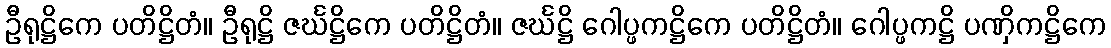
ဦရုဋ္ဌိကေ ပတိဋ္ဌိတံ။ ဦရုဋ္ဌိ ဇင်္ဃဋ္ဌိကေ ပတိဋ္ဌိတံ။ ဇင်္ဃဋ္ဌိ ဂေါပ္ဖကဋ္ဌိကေ ပတိဋ္ဌိတံ။ ဂေါပ္ဖကဋ္ဌိ ပဏှိကဋ္ဌိကေ